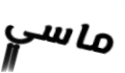
ماسي